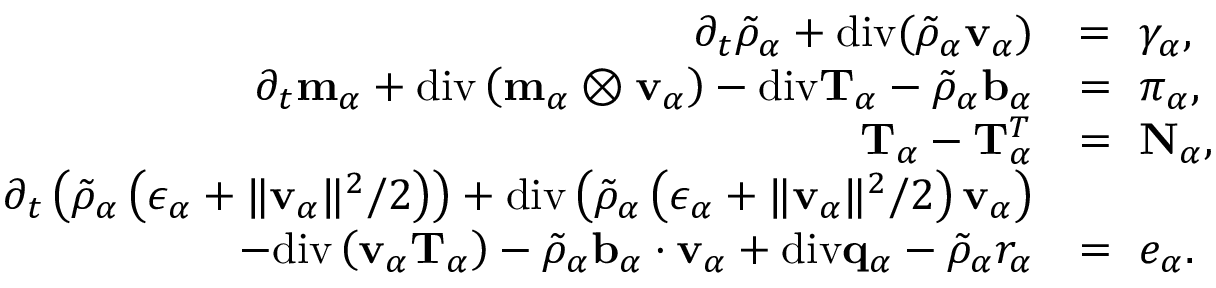
\begin{array} { r l } { \partial _ { t } \tilde { \rho } _ { \alpha } + \mathrm { d i v } ( \tilde { \rho } _ { \alpha } \mathbf { v } _ { \alpha } ) } & { = ~ \gamma _ { \alpha } , } \\ { \partial _ { t } \mathbf { m } _ { \alpha } + \mathrm { d i v } \left( \mathbf { m } _ { \alpha } \otimes \mathbf { v } _ { \alpha } \right) - \mathrm { d i v } \mathbf { T } _ { \alpha } - \tilde { \rho } _ { \alpha } \mathbf { b } _ { \alpha } } & { = ~ \boldsymbol { \pi } _ { \alpha } , } \\ { \mathbf { T } _ { \alpha } - \mathbf { T } _ { \alpha } ^ { T } } & { = ~ \mathbf { N } _ { \alpha } , } \\ { \partial _ { t } \left( \tilde { \rho } _ { \alpha } \left( \epsilon _ { \alpha } + \| \mathbf { v } _ { \alpha } \| ^ { 2 } / 2 \right) \right) + \mathrm { d i v } \left( \tilde { \rho } _ { \alpha } \left( \epsilon _ { \alpha } + \| \mathbf { v } _ { \alpha } \| ^ { 2 } / 2 \right) \mathbf { v } _ { \alpha } \right) } & { ~ } \\ { - \mathrm { d i v } \left( \mathbf { v } _ { \alpha } \mathbf { T } _ { \alpha } \right) - \tilde { \rho } _ { \alpha } \mathbf { b } _ { \alpha } \cdot \mathbf { v } _ { \alpha } + \mathrm { d i v } \mathbf { q } _ { \alpha } - \tilde { \rho } _ { \alpha } r _ { \alpha } } & { = ~ e _ { \alpha } . } \end{array}